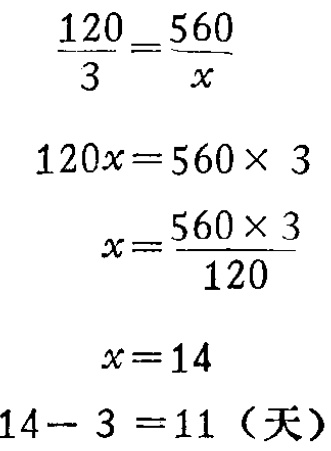
\[\begin{align*}
\frac{120}{3}&=\frac{560}{x}\\
120x&=560\times 3\\
x&=\frac{560\times 3}{120}\\
x&=14\\
14 - 3&=11 (\text{天})
\end{align*}\]